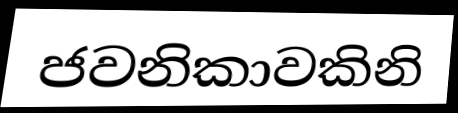
ජවනිකාවකිනි